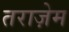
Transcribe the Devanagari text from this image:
तराज़ेम